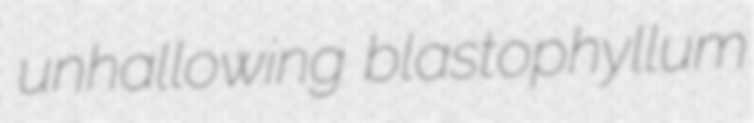
unhallowing blastophyllum